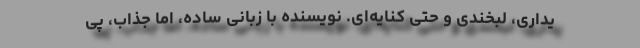
یداری، لبخندی و حتی کنایه‌ای. نویسنده با زبانی ساده، اما جذاب، پی